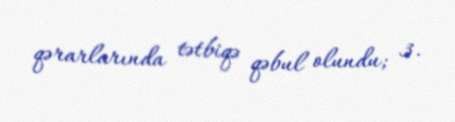
qərarlarında tətbiqə qəbul olundu; 3.